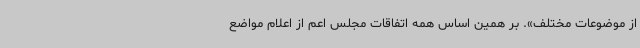
از موضوعات مختلف». بر همین اساس همه اتفاقات مجلس اعم از اعلام مواضع